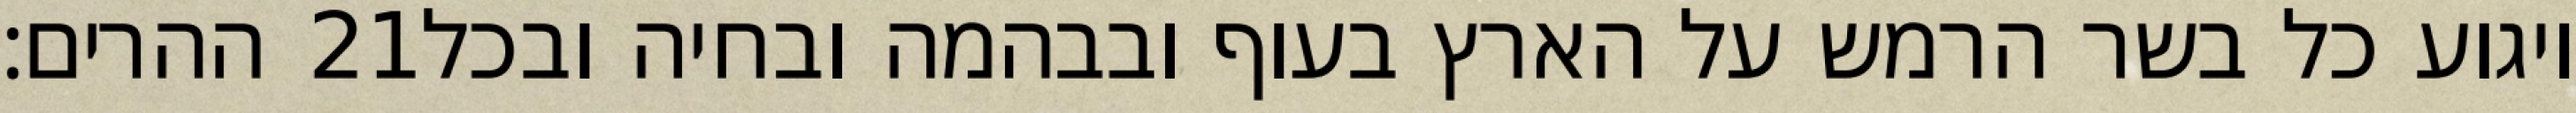
ההרים׃ ‎21‏ ויגוע כל בשר הרמש על הארץ בעוף ובבהמה ובחיה ובכל